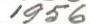
1956